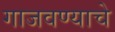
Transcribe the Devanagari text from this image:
गाजवण्याचे